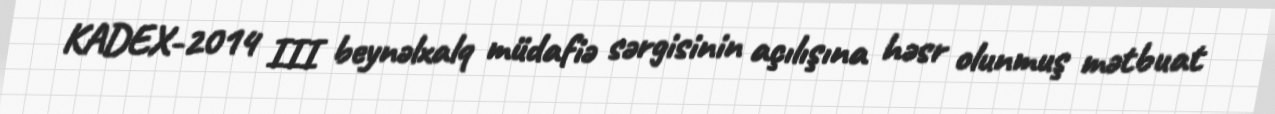
KADEX-2014 III beynəlxalq müdafiə sərgisinin açılışına həsr olunmuş mətbuat